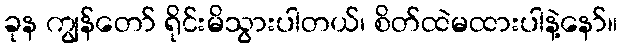
ခုန ကျွန်တော် ရိုင်းမိသွားပါတယ်၊ စိတ်ထဲမထားပါနဲ့နော်။